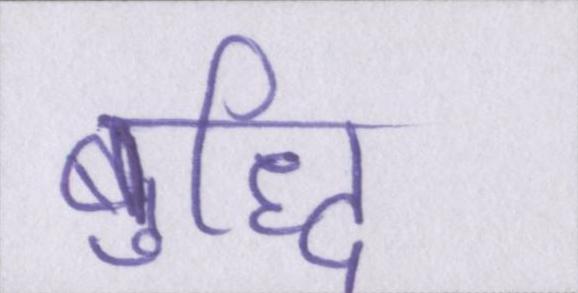
बुद्धि